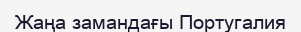
Жаңа замандағы Португалия